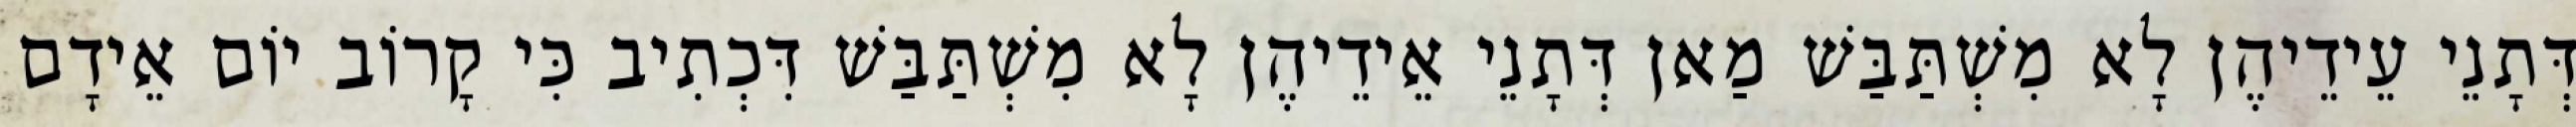
דְּתָנֵי עֵידֵיהֶן לָא מִשְׁתַּבַּשׁ מַאן דְּתָנֵי אֵידֵיהֶן לָא מִשְׁתַּבַּשׁ דִּכְתִיב כִּי קָרוֹב יוֹם אֵידָם